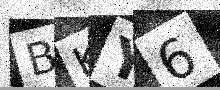
Text: BKY6